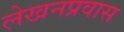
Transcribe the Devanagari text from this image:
लेखनप्रवास